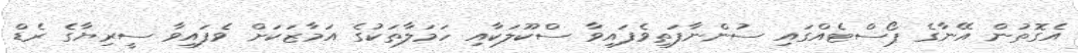
އެގޮތުން އޭނާގެ ޕޯސްޓެއްގައި ސުންނާފަތިވެފައިވާ ސްކޫލަކާއި ހަމަލާތަކުގެ އަމާޒަކަށް ވެފައިވާ ސީރިޔާގެ ރެޑް